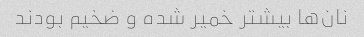
نان‌ها بیشتر خمیر شده و ضخیم بودند